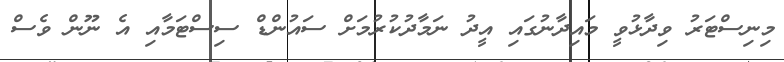
މިނިސްޓަރު ވިދާޅުވީ މައިދާނުގައި އީދު ނަމާދުކުރުމަށް ސައުންޑް ސިސްޓަމާއި އެ ނޫން ވެސް